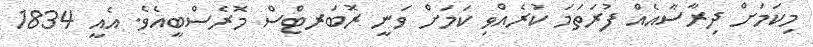
މިކަމަށް ދިރާސާއެއް ފުރަތަމަ ކުރެއްވި ކަމަށް ވަނީ ރޮބަރޓްސް މޮރެސްބީއެވެ. އެއީ 1834